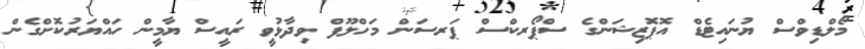
މޯލްޑިވްސް ޔުނައިޓެޑް އޮޕޮޒިޝަންގެ ސްޕޯރކްސް ޕަރސަން މަހްލޫފް ވިދާޅުވީ ރައީސް ޔާމީން ހައްޔަރުކޮށްގެން